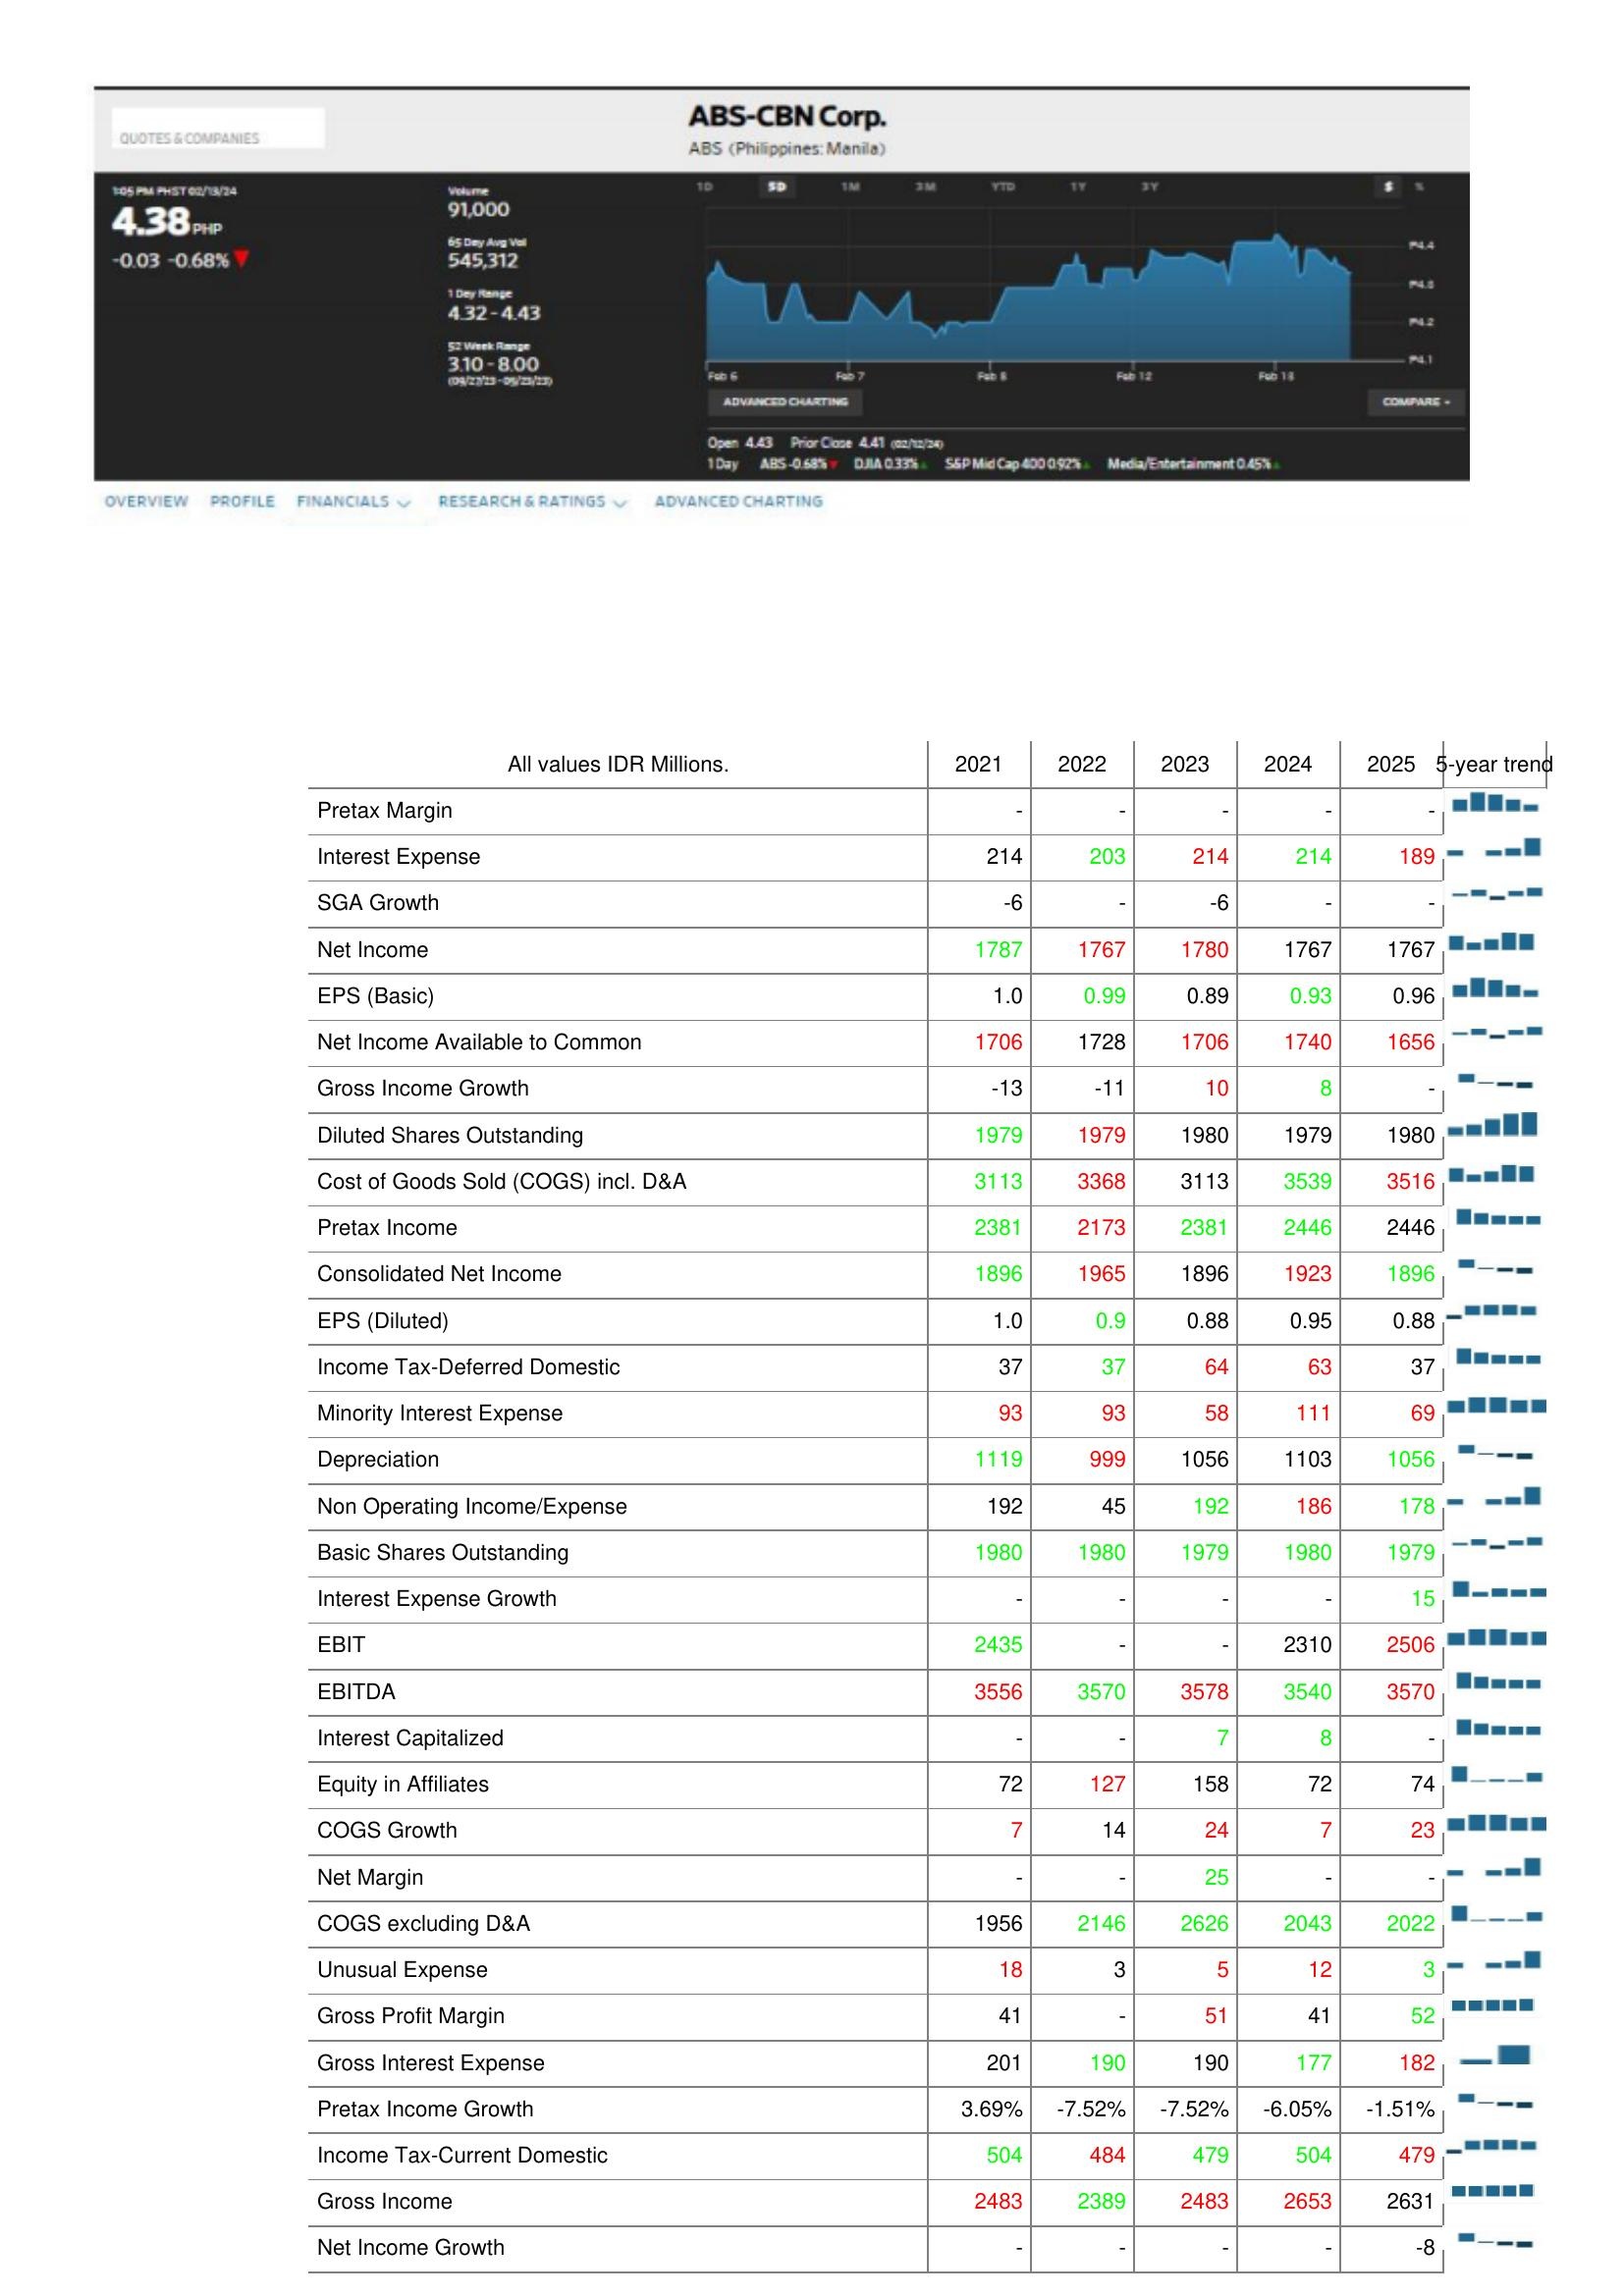
2021: : Pretax Margin: -
Interest Expense: 214
SGA Growth: -6
Net Income: 1787
EPS (Basic): 1.0
Net Income Available to Common: 1706
Gross Income Growth: -13
Diluted Shares Outstanding: 1979
Cost of Goods Sold (COGS) incl. D&A: 3113
Pretax Income: 2381
Consolidated Net Income: 1896
EPS (Diluted): 1.0
Income Tax-Deferred Domestic: 37
Minority Interest Expense: 93
Depreciation: 1119
Non Operating Income/Expense: 192
Basic Shares Outstanding: 1980
Interest Expense Growth: -
EBIT: 2435
EBITDA: 3556
Interest Capitalized: -
Equity in Affiliates: 72
COGS Growth: 7
Net Margin: -
COGS excluding D&A: 1956
Unusual Expense: 18
Gross Profit Margin: 41
Gross Interest Expense: 201
Pretax Income Growth: 3.69%
Income Tax-Current Domestic: 504
Gross Income: 2483
Net Income Growth: -
2022: : Pretax Margin: -
Interest Expense: 203
SGA Growth: -
Net Income: 1767
EPS (Basic): 0.99
Net Income Available to Common: 1728
Gross Income Growth: -11
Diluted Shares Outstanding: 1979
Cost of Goods Sold (COGS) incl. D&A: 3368
Pretax Income: 2173
Consolidated Net Income: 1965
EPS (Diluted): 0.9
Income Tax-Deferred Domestic: 37
Minority Interest Expense: 93
Depreciation: 999
Non Operating Income/Expense: 45
Basic Shares Outstanding: 1980
Interest Expense Growth: -
EBIT: -
EBITDA: 3570
Interest Capitalized: -
Equity in Affiliates: 127
COGS Growth: 14
Net Margin: -
COGS excluding D&A: 2146
Unusual Expense: 3
Gross Profit Margin: -
Gross Interest Expense: 190
Pretax Income Growth: -7.52%
Income Tax-Current Domestic: 484
Gross Income: 2389
Net Income Growth: -
2023: : Pretax Margin: -
Interest Expense: 214
SGA Growth: -6
Net Income: 1780
EPS (Basic): 0.89
Net Income Available to Common: 1706
Gross Income Growth: 10
Diluted Shares Outstanding: 1980
Cost of Goods Sold (COGS) incl. D&A: 3113
Pretax Income: 2381
Consolidated Net Income: 1896
EPS (Diluted): 0.88
Income Tax-Deferred Domestic: 64
Minority Interest Expense: 58
Depreciation: 1056
Non Operating Income/Expense: 192
Basic Shares Outstanding: 1979
Interest Expense Growth: -
EBIT: -
EBITDA: 3578
Interest Capitalized: 7
Equity in Affiliates: 158
COGS Growth: 24
Net Margin: 25
COGS excluding D&A: 2626
Unusual Expense: 5
Gross Profit Margin: 51
Gross Interest Expense: 190
Pretax Income Growth: -7.52%
Income Tax-Current Domestic: 479
Gross Income: 2483
Net Income Growth: -
2024: : Pretax Margin: -
Interest Expense: 214
SGA Growth: -
Net Income: 1767
EPS (Basic): 0.93
Net Income Available to Common: 1740
Gross Income Growth: 8
Diluted Shares Outstanding: 1979
Cost of Goods Sold (COGS) incl. D&A: 3539
Pretax Income: 2446
Consolidated Net Income: 1923
EPS (Diluted): 0.95
Income Tax-Deferred Domestic: 63
Minority Interest Expense: 111
Depreciation: 1103
Non Operating Income/Expense: 186
Basic Shares Outstanding: 1980
Interest Expense Growth: -
EBIT: 2310
EBITDA: 3540
Interest Capitalized: 8
Equity in Affiliates: 72
COGS Growth: 7
Net Margin: -
COGS excluding D&A: 2043
Unusual Expense: 12
Gross Profit Margin: 41
Gross Interest Expense: 177
Pretax Income Growth: -6.05%
Income Tax-Current Domestic: 504
Gross Income: 2653
Net Income Growth: -
2025: : Pretax Margin: -
Interest Expense: 189
SGA Growth: -
Net Income: 1767
EPS (Basic): 0.96
Net Income Available to Common: 1656
Gross Income Growth: -
Diluted Shares Outstanding: 1980
Cost of Goods Sold (COGS) incl. D&A: 3516
Pretax Income: 2446
Consolidated Net Income: 1896
EPS (Diluted): 0.88
Income Tax-Deferred Domestic: 37
Minority Interest Expense: 69
Depreciation: 1056
Non Operating Income/Expense: 178
Basic Shares Outstanding: 1979
Interest Expense Growth: 15
EBIT: 2506
EBITDA: 3570
Interest Capitalized: -
Equity in Affiliates: 74
COGS Growth: 23
Net Margin: -
COGS excluding D&A: 2022
Unusual Expense: 3
Gross Profit Margin: 52
Gross Interest Expense: 182
Pretax Income Growth: -1.51%
Income Tax-Current Domestic: 479
Gross Income: 2631
Net Income Growth: -8